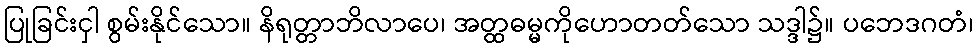
ပြုခြင်းငှါ စွမ်းနိုင်သော။ နိရုတ္တာဘိလာပေ၊ အတ္ထဓမ္မကိုဟောတတ်သော သဒ္ဒါ၌။ ပဘေဒဂတံ၊